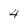
Character: 4